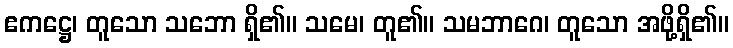
ဧကဋ္ဌေ၊ တူသော သဘော ရှိ၏။ သမေ၊ တူ၏။ သမဘာဂေ၊ တူသော အဖို့ရှိ၏။